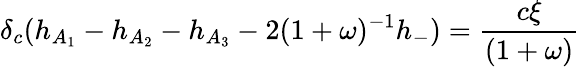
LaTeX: \delta_{c}(h_{A_{1}}-h_{A_{2}}-h_{A_{3}}-2(1+\omega)^{-1}h_{-})=\frac{c\xi}{(1+\omega)}